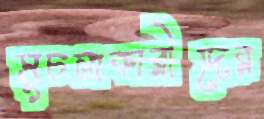
সূচনাকারীদের